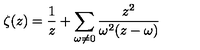
\zeta ( z ) = \frac { 1 } { z } + \sum _ { \omega \neq 0 } \frac { z ^ { 2 } } { \omega ^ { 2 } ( z - \omega ) }